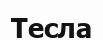
Тесла